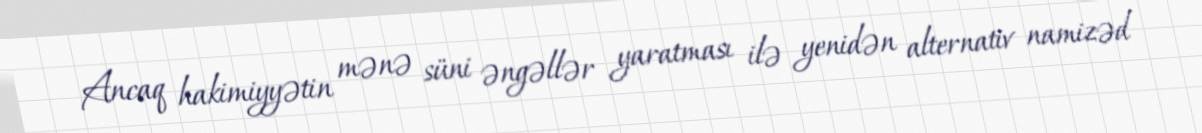
Ancaq hakimiyyətin mənə süni əngəllər yaratması ilə yenidən alternativ namizəd